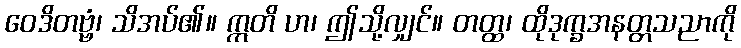
ဝေဒိတဗ္ဗံ၊ သိအပ်၏။ ဣတိ ဟ၊ ဤသို့လျှင်။ တတ္ထ၊ ထိုဒုက္ခအနတ္တသညာကို